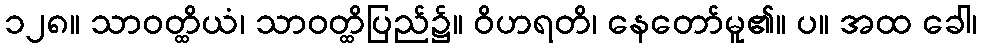
၁၂၈။ သာဝတ္ထိယံ၊ သာဝတ္ထိပြည်၌။ ဝိဟရတိ၊ နေတော်မူ၏။ ပ။ အထ ခေါ၊